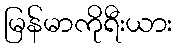
မြန်မာကိုရီးယား